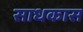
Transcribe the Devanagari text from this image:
साधकास